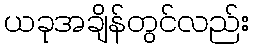
ယခုအချိန်တွင်လည်း